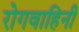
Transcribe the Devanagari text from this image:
रोगवाहिनी